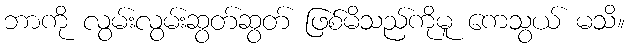
ဘာကို လွမ်းလွမ်းဆွတ်ဆွတ် ဖြစ်မိသည်ကိုမူ ကေသွယ် မသိ။